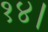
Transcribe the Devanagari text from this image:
१४।